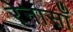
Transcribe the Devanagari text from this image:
रेनासाँ